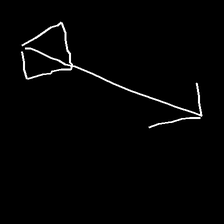
Glyph: focus